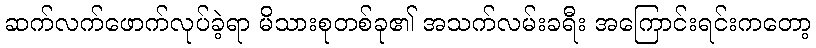
ဆက်လက်ဖောက်လုပ်ခဲ့ရာ မိသားစုတစ်ခု၏ အသက်လမ်းခရီး အကြောင်းရင်းကတော့